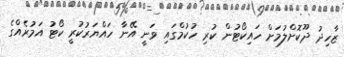
ޒާހިދު ދޫކޮށްލުމަށް ހައިކޯޓުން ކުރި ހުކުމްގައި ވަނީ އޭނާ ހައްޔަރުކުރީ ކޯޓު އަމުރެއްގެ